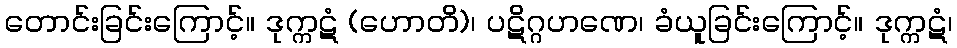
တောင်းခြင်းကြောင့်။ ဒုက္ကဋံ (ဟောတိ)၊ ပဋိဂ္ဂဟဏေ၊ ခံယူခြင်းကြောင့်။ ဒုက္ကဋံ၊